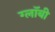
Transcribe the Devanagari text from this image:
ग्लॉबी